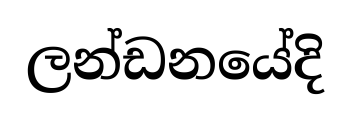
ලන්ඩනයේදි